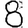
Digit: 8